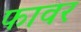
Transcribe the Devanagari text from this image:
फावर